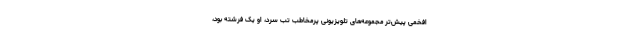
افخمى پیش‌تر مجموعه‌هاى تلویزیونى پرمخاطب تب سرد، او یک فرشته بود،